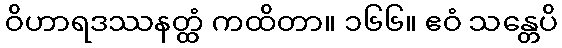
ဝိဟာရဒဿနတ္ထံ ကထိတာ။ ၁၆၆။ ဧဝံ သန္တေပိ